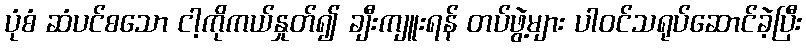
ပုံစံ ဆံပင်စသော ငါ့ကိုကယ်နှုတ်၍ ချီးကျူးရန် တပ်ဖွဲ့များ ပါဝင်သရုပ်ဆောင်ခဲ့ပြီး